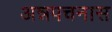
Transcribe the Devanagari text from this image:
अन्नपचनास